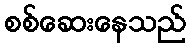
စစ်ဆေးနေသည်